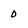
Character: 0